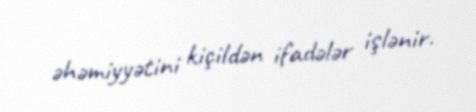
əhəmiyyətini kiçildən ifadələr işlənir.